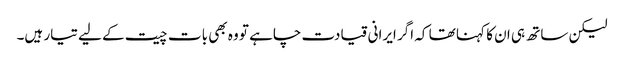
لیکن ساتھ ہی ان کا کہنا تھا کہ اگر ایرانی قیادت چاہے تو وہ بھی بات چیت کے لیے تیار ہیں۔